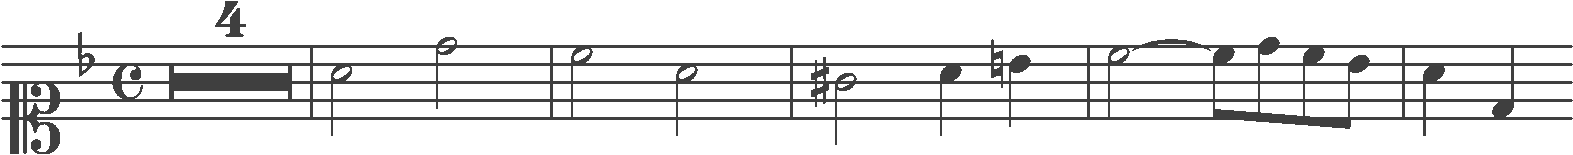
Transcription: clef-C1 keySignature-FM timeSignature-C multirest-4 barline note-A4_half note-D5_half barline note-C5_half note-A4_half barline note-G#4_half note-A4_quarter note-B4_quarter barline note-C5_half tie note-C5_eighth note-D5_eighth note-C5_eighth note-Bb4_eighth barline note-A4_quarter note-D4_quarter